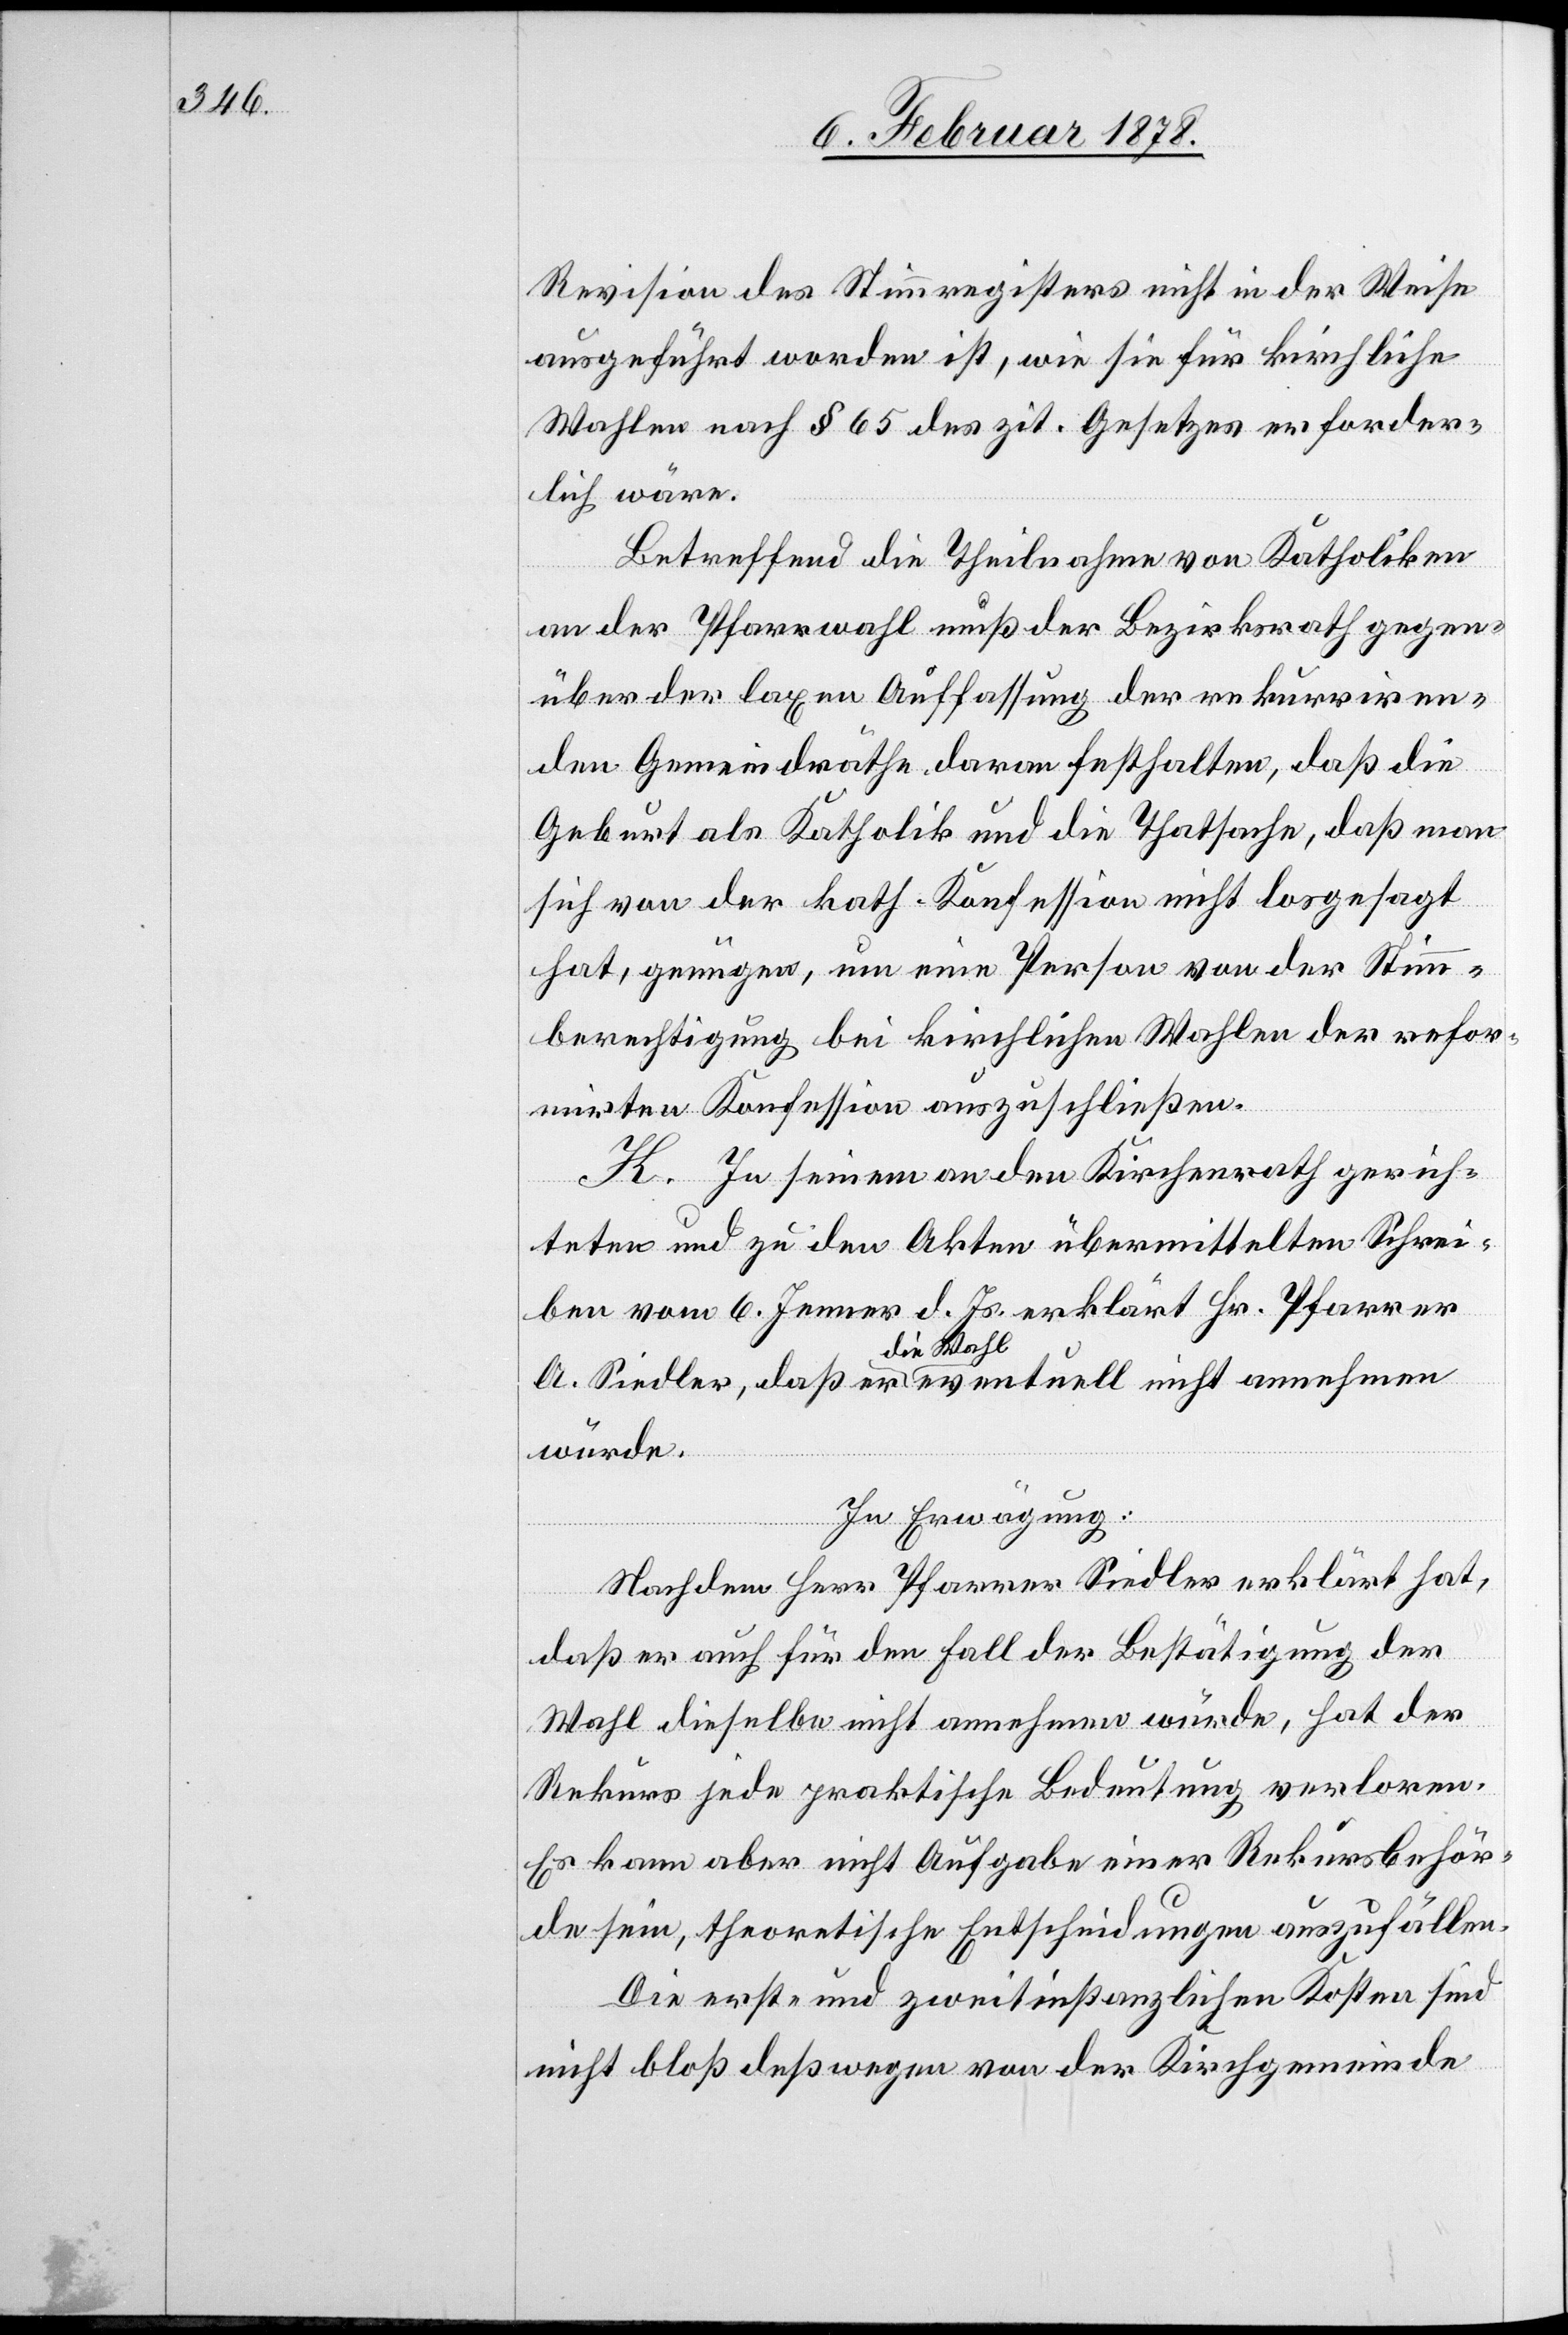
Revision des Stimmregisters nicht in der Weise
ausgeführt worden ist, wie sie für kirchliche
Wahlen nach § 65 des zit. Gesetzes erforder¬
lich wäre.
Betreffend die Theilnahme von Katholiken
an der Pfarrwahl muß der Bezirksrath gegen¬
über der laxen Auffassung der rekurriren¬
den Gemeindräthe daran festhalten, daß die
Geburt als Katholik und die Thatsache, daß man
sich von der kath. Konfession nicht losgesagt
hat, genügen, um eine Person von der Stimm¬
berechtigung bei kirchlichen Wahlen der refor¬
mirten Konfession auszuschließen.
K. In seinem an den Kirchenrath gerich¬
teten und zu den Akten übermittelten Schrei¬
ben vom 6. Jenner d. Js. erklärt Hr. Pfarrer
A. Siedler, daß er a-die Wahl-a eventuell nicht annehmen
würde.
In Erwägung:
Nachdem Herr Pfarrer Siedler erklärt hat,
daß er auch für den Fall der Bestätigung der
Wahl dieselbe nicht annehmen würde, hat der
Rekurs jede praktische Bedeutung verloren.
Es kann aber nicht Aufgabe einer Rekursbehör¬
de sein, theoretische Entscheidungen auszufällen.
Die erst- und zweitinstanzlichen Kosten sind
nicht bloß deßwegen von der Kirchgemeinde